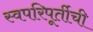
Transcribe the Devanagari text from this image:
स्वपरिपूर्तीची